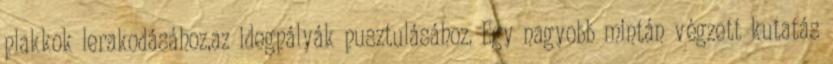
plakkok lerakodásához,az idegpályák pusztulásához. Egy nagyobb mintán végzett kutatás